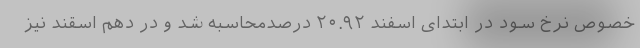
خصوص نرخ سود در ابتدای اسفند ۲۰.۹۲ درصدمحاسبه شد و در دهم اسقند نیز